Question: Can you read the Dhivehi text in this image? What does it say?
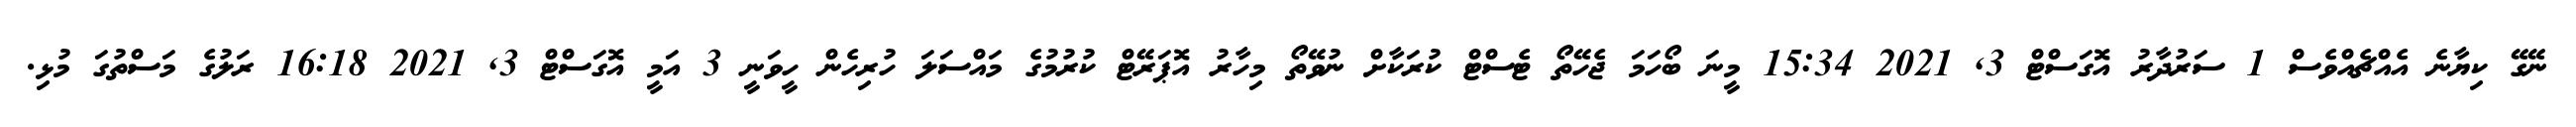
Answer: ނޭގޭ ކިޔާނެ އެއްޗެއްވެސް 1 ސަރުދާރު އޮގަސްޓް 3, 2021 15:34 މީނަ ބޯހަމަ ޖެހޭތޯ ޓެސްޓް ކުރަކާށް ނުވޭތޯ މިހާރު އޮޕަރޭޓް ކުރުމުގެ މައްސަލަ ހުރިހެން ހީވަނީ 3 އަމީ އޮގަސްޓް 3, 2021 16:18 ރަލުގެ މަސްތުގަ މުޅި.